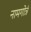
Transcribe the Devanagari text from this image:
नामगोत्रं